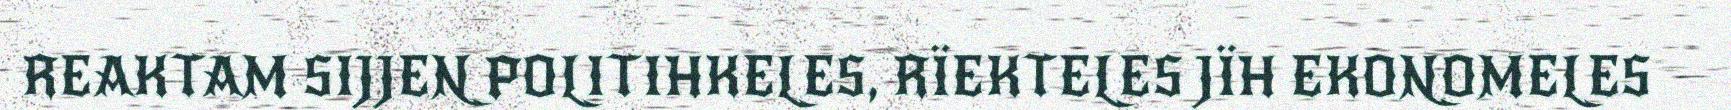
REAKTAM SIJJEN POLITIHKELES, RÏEKTELES JÏH EKONOMELES